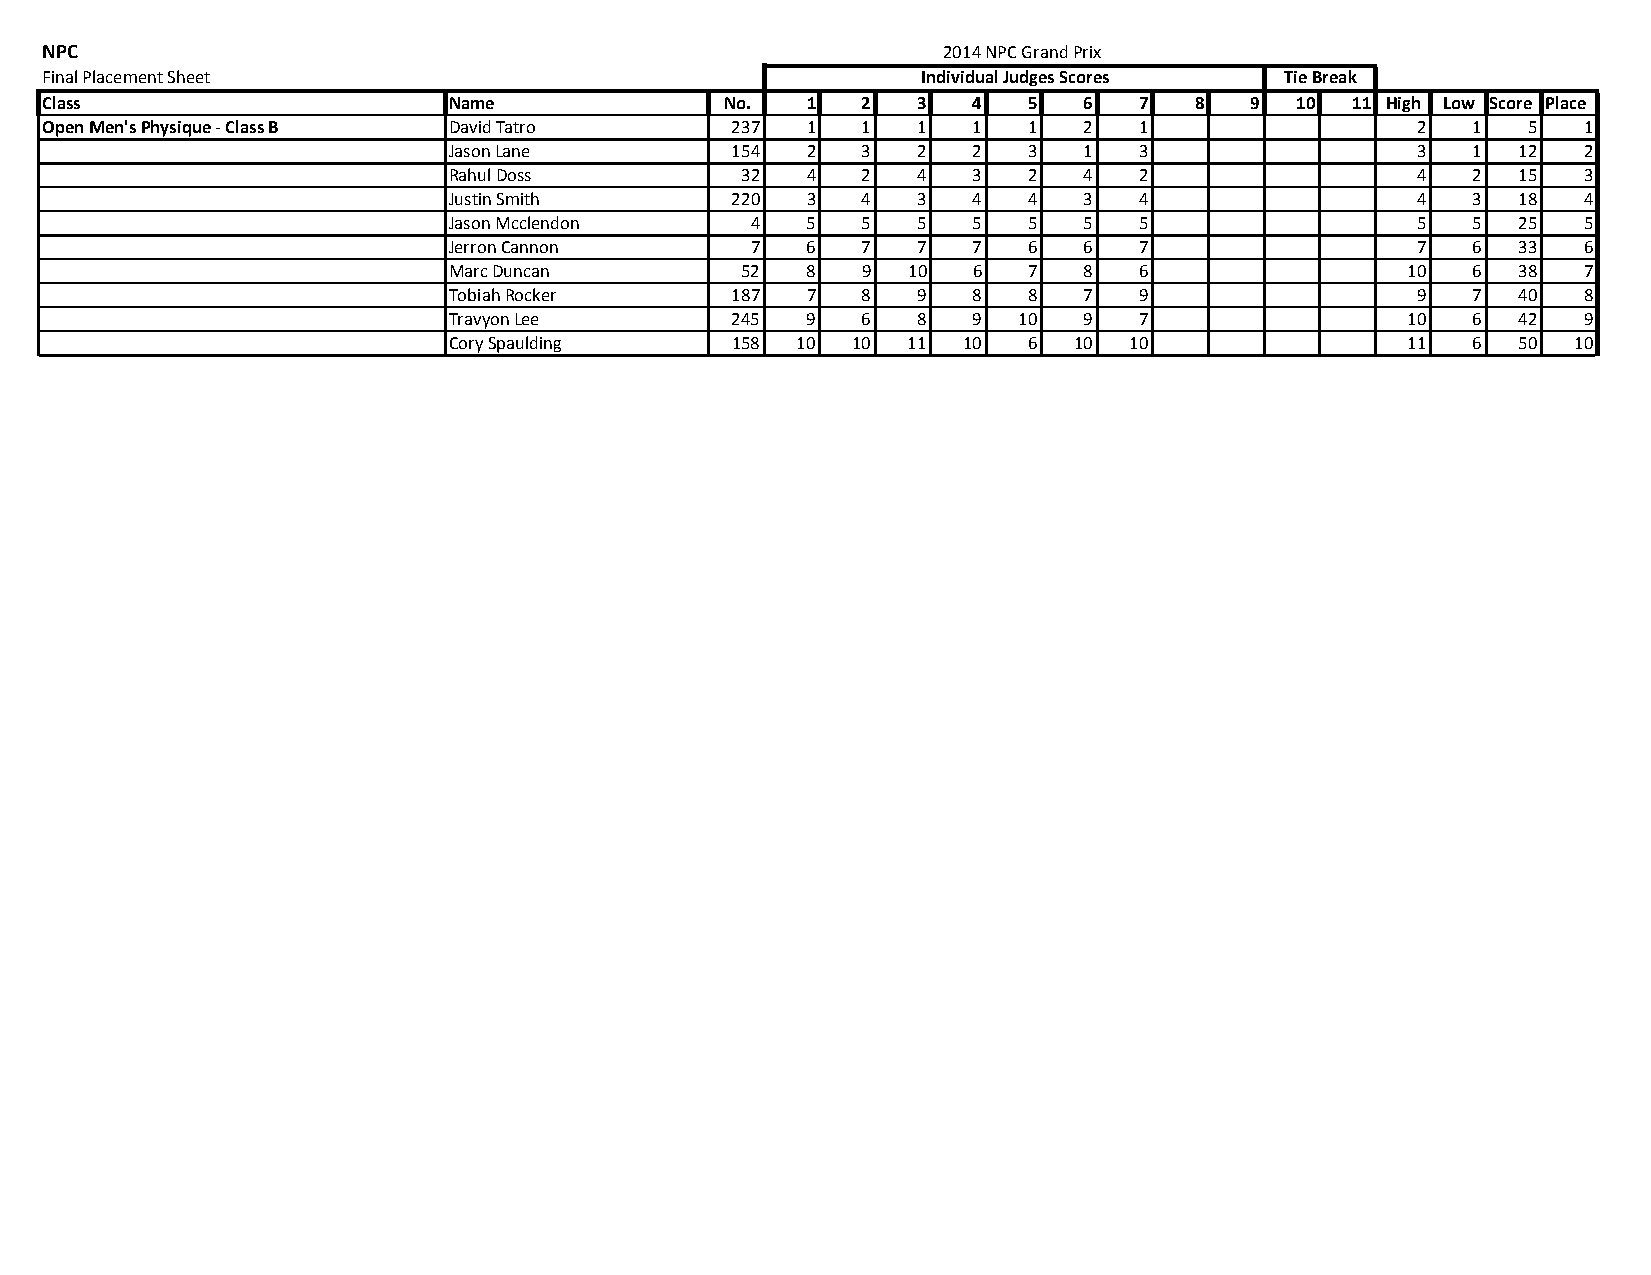
NPC                                                        2014 NPC Grand Prix
 Final Placement Sheet                                     Individual Judges Scores Tie Break
 Class                      Name              No.  1   2   3  4   5   6  7   8   9  10 11 High Low Score Place
 Open Men's Physique ‐ Class B David Tatro    237  1   1   1  1   1   2  1                  2  1   5   1
 Jason Lane        154  2   3   2  2   3   1  3                  3  1   12  2
 Rahul Doss         32  4   2   4  3   2   4  2                  4  2   15  3
 Justin Smith      220  3   4   3  4   4   3  4                  4  3   18  4
 Jason Mcclendon     4  5   5   5  5   5   5  5                  5  5   25  5
 Jerron Cannon       7  6   7   7  7   6   6  7                  7  6   33  6
 Marc Duncan        52  8   9  10  6   7   8  6                 10  6   38  7
 Tobiah Rocker     187  7   8   9  8   8   7  9                  9  7   40  8
 Travyon Lee       245  9   6   8  9  10   9  7                 10  6   42  9
 Cory Spaulding    158  10 10  11  10  6  10  10                11  6   50 10